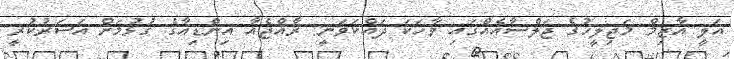
އަލީ އާޒިމް މަޖިލީހުގެ ޖަލްސާއެއްގައި ވާހަކަ ދައްކަވަނީ: ރާއްޖެއާ އިންޑިއާގެ ގުޅުމަށް އަސަރުކުރީ